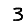
Digit: 3